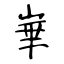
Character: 崋